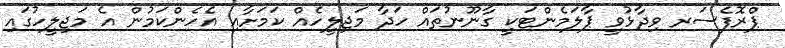
ޕްރޮފެސަރ ވިދާޅުވީ ޕާލަމެންޓަކީ ގާނޫނުތައް ހަދާ މަޖިލީހެއް ކަމަށާއި އެހެންކަމުން އެ މަޖިލީހުގައި